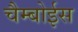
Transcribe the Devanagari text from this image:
चैम्बोईस